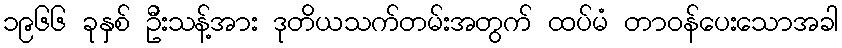
၁၉၆၆ ခုနှစ် ဦးသန့်အား ဒုတိယသက်တမ်းအတွက် ထပ်မံ တာဝန်ပေးသောအခါ